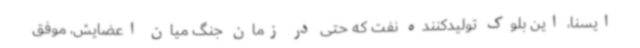
ایسنا، این بلوک تولیدکننده نفت که حتی در زمان جنگ میان اعضایش، موفق